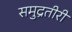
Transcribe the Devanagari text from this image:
समुद्रतीरीं